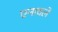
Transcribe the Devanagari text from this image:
एनावले